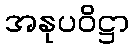
အနုပဝိဋ္ဌာ